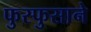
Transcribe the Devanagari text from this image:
फुस्फुसाने